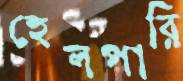
হেলপারি